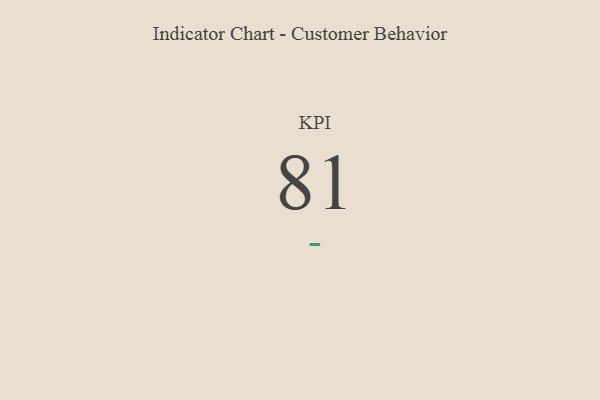
{"axis": {"x": "KPI", "y": "Value"}, "legend": [""], "data": [{"x": "KPI", "y": 81, "type": ""}]}